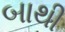
બાથી